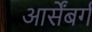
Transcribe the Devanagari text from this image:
आर्सेंबर्ग